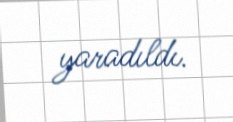
yaradıldı.